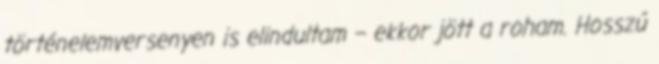
történelemversenyen is elindultam – ekkor jött a roham. Hosszú